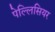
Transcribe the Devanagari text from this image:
पेल्लिसियर